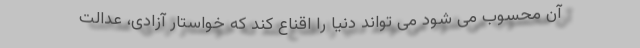
آن محسوب می شود می تواند دنیا را اقناع کند که خواستار آزادی، عدالت